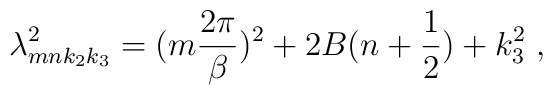
\lambda^2_{mnk_2k_3} = (m\frac{2\pi}{\beta})^2 + 2B(n+\frac{1}{2}) + k^2_3\;,